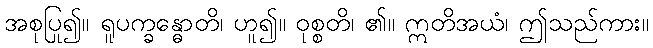
အစုပြု၍။ ရူပက္ခန္ဓောတိ၊ ဟူ၍။ ဝုစ္စတိ၊ ၏။ ဣတိအယံ၊ ဤသည်ကား။